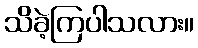
သိခဲ့ကြပါသလား။